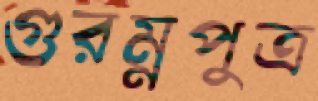
গুরম্নপুত্র